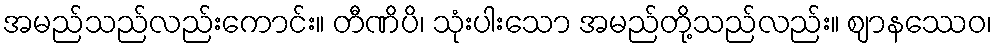
အမည်သည်လည်းကောင်း။ တီဏိပိ၊ သုံးပါးသော အမည်တို့သည်လည်း။ ဈာနဿေဝ၊